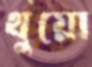
থুয়ো